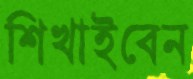
শিখাইবেন